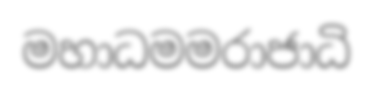
මහාධමමරාජාධි